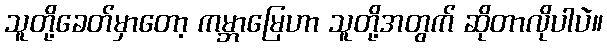
သူတို့ခေတ်မှာတော့ ကမ္ဘာမြေဟာ သူတို့အတွက် ဆိုတာလိုပါပဲ။